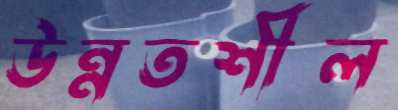
উন্নতশীল